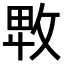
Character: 𢽛